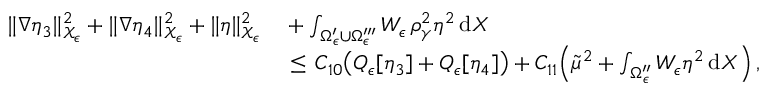
\begin{array} { r l } { \| \nabla \eta _ { 3 } \| _ { \mathcal { X } _ { \epsilon } } ^ { 2 } + \| \nabla \eta _ { 4 } \| _ { \mathcal { X } _ { \epsilon } } ^ { 2 } + \| \eta \| _ { \mathcal { X } _ { \epsilon } } ^ { 2 } } & { { } + \int _ { \Omega _ { \epsilon } ^ { \prime } \cup \Omega _ { \epsilon } ^ { \prime \prime \prime } } W _ { \epsilon } \, \rho _ { \gamma } ^ { 2 } \eta ^ { 2 } \, \mathrm { d } X } \\ { \, } & { { } \le \, C _ { 1 0 } \bigl ( Q _ { \epsilon } [ \eta _ { 3 } ] + Q _ { \epsilon } [ \eta _ { 4 } ] \bigr ) + C _ { 1 1 } \Bigl ( \tilde { \mu } ^ { 2 } + \int _ { \Omega _ { \epsilon } ^ { \prime \prime } } W _ { \epsilon } \eta ^ { 2 } \, \mathrm { d } X \Bigr ) \, , } \end{array}